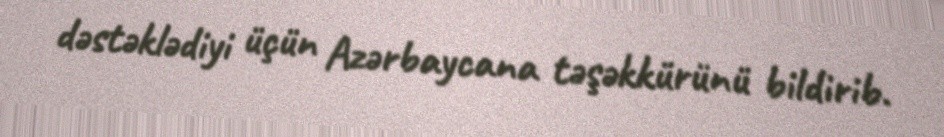
dəstəklədiyi üçün Azərbaycana təşəkkürünü bildirib.